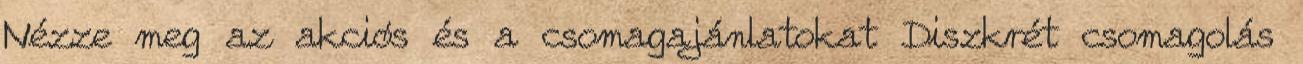
Nézze meg az akciós és a csomagajánlatokat Diszkrét csomagolás